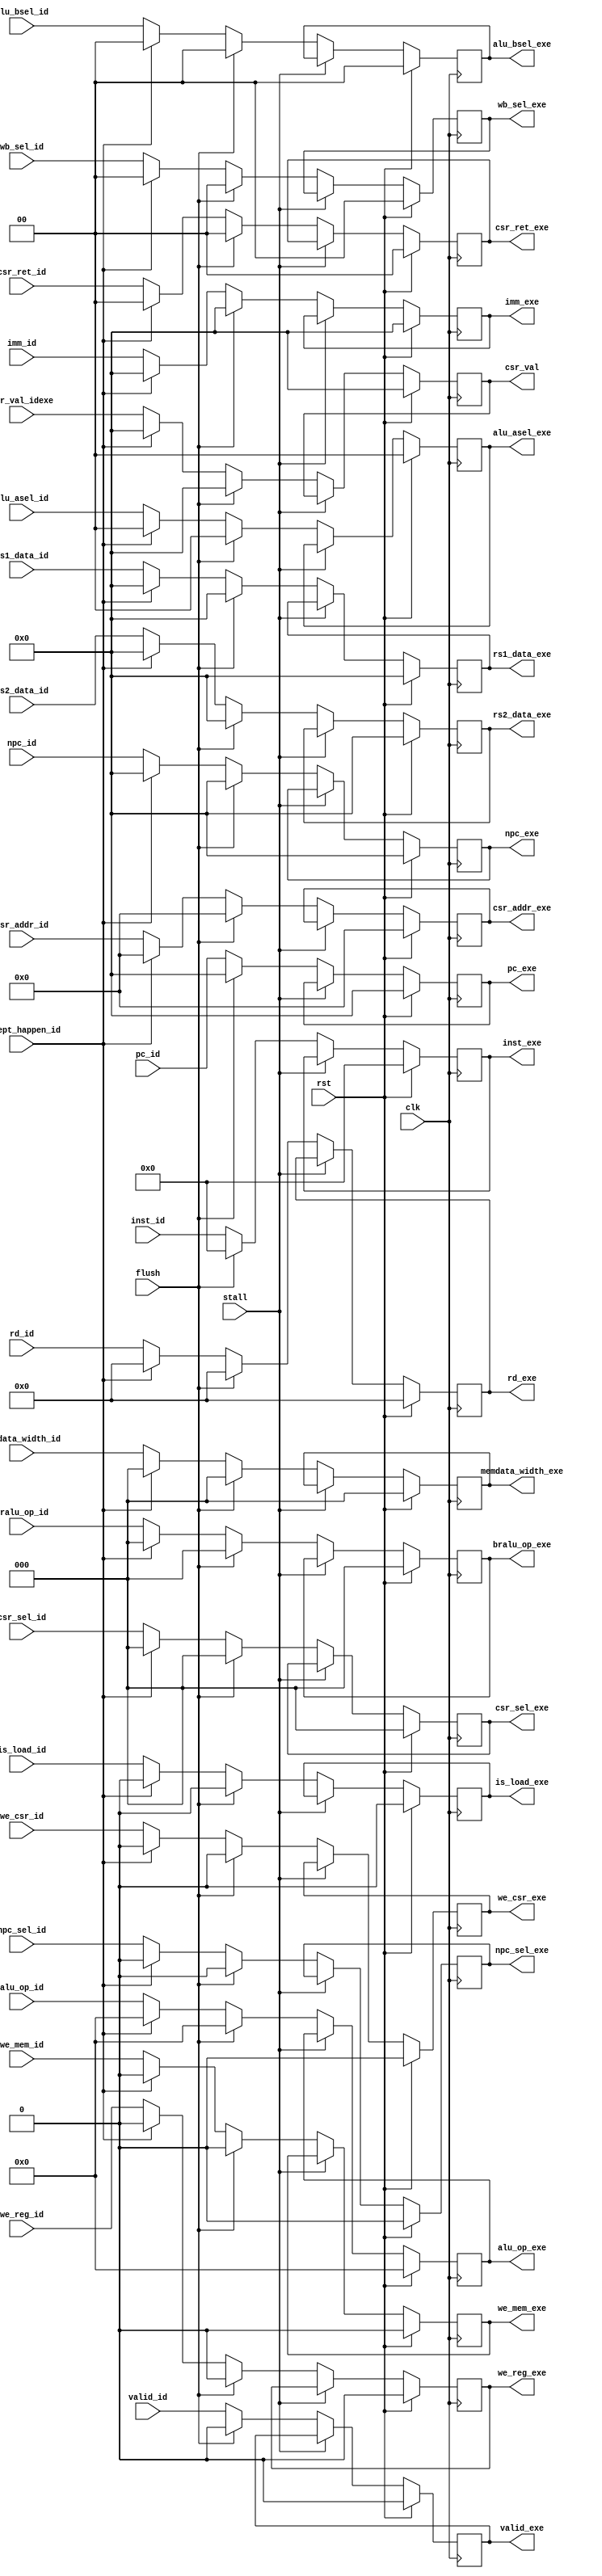
`timescale 1ns/1ps

module ID_EXE_Reg(
    input clk,
    input flush,
    input stall,
    input rst,
    input valid_id,
    input except_happen_id,
    output reg valid_exe,
//
    input [63:0]pc_id,
    input [63:0]npc_id,
    input [31:0]inst_id,
    output reg [63:0]pc_exe,   
    output reg [63:0]npc_exe,
    output reg [31:0]inst_exe,
//
    input is_load_id,
    input we_reg_id,
    input we_mem_id,
    input we_csr_id,
    input npc_sel_id,
    input [1:0]alu_asel_id,
    input [1:0]alu_bsel_id,
    input [1:0]wb_sel_id,
    input [1:0]csr_ret_id,
    input [2:0]bralu_op_id,
    input [2:0]memdata_width_id,
    input [2:0]csr_sel_id,
    input [3:0]alu_op_id,
    output reg is_load_exe,
    output reg we_reg_exe,
    output reg we_mem_exe,
    output reg we_csr_exe,
    output reg npc_sel_exe,
    output reg [1:0]alu_asel_exe,
    output reg [1:0]alu_bsel_exe,
    output reg [1:0]wb_sel_exe,
    output reg [1:0]csr_ret_exe,
    output reg [2:0]bralu_op_exe,
    output reg [2:0]csr_sel_exe,
    output reg [2:0]memdata_width_exe,
    output reg [3:0]alu_op_exe,
//
    input [4:0]rd_id,
    input [63:0]rs1_data_id,
    input [63:0]rs2_data_id,
    input [63:0]imm_id,
    output reg [4:0]rd_exe,
    output reg [63:0]rs1_data_exe,
    output reg [63:0]rs2_data_exe,
    output reg [63:0]imm_exe,

    input [11:0]csr_addr_id,
    input [63:0]csr_val_idexe,
    output reg [11:0]csr_addr_exe,
    output reg [63:0]csr_val
);

    always @(posedge clk) begin
        if (rst) begin  //
            pc_exe <= 0;
            npc_exe <= 0;
            inst_exe <= 0;
            valid_exe <= 0;

            is_load_exe <= 0;
            we_reg_exe <= 0;
            we_mem_exe <= 0;
            we_csr_exe <= 0;
            npc_sel_exe <= 0;
            alu_asel_exe <= 0;
            alu_bsel_exe <= 0;
            wb_sel_exe <= 0;
            csr_sel_exe <= 0;
            csr_ret_exe <= 0;
            bralu_op_exe <= 0;
            memdata_width_exe <= 0;
            alu_op_exe <= 0;

            rd_exe <= 0;
            rs1_data_exe <= 0;
            rs2_data_exe <= 0;
            imm_exe <= 0;
            csr_addr_exe <= 0;
            csr_val <= 0;
        end
        else if(~stall)begin      //
            if(flush)begin
                pc_exe <= 0;
                npc_exe <= 0;
                inst_exe <= 0;
                valid_exe <= 0;

                is_load_exe <= 0;
                we_reg_exe <= 0;
                we_mem_exe <= 0;
                we_csr_exe <= 0;
                npc_sel_exe <= 0;
                alu_asel_exe <= 0;
                alu_bsel_exe <= 0;
                wb_sel_exe <= 0;
                csr_sel_exe <= 0;
                csr_ret_exe <= 0;
                bralu_op_exe <= 0;
                memdata_width_exe <= 0;
                alu_op_exe <= 0;

                rd_exe <= 0;
                rs1_data_exe <= 0;
                rs2_data_exe <= 0;
                imm_exe <= 0;
                csr_addr_exe <= 0;
                csr_val <= 0;
            end
            else if(except_happen_id)begin
                pc_exe <= pc_id;
                npc_exe <= 0;
                inst_exe <= inst_id;
                valid_exe <= valid_id;

                is_load_exe <= 0;
                we_reg_exe <= 0;
                we_mem_exe <= 0;
                we_csr_exe <= 0;
                npc_sel_exe <= 0;
                alu_asel_exe <= 0;
                alu_bsel_exe <= 0;
                wb_sel_exe <= 0;
                csr_sel_exe <= 0;
                csr_ret_exe <= 0;
                bralu_op_exe <= 0;
                memdata_width_exe <= 0;
                alu_op_exe <= 0;

                rd_exe <= 0;
                rs1_data_exe <= 0;
                rs2_data_exe <= 0;
                imm_exe <= 0;
                csr_addr_exe <= 0;
                csr_val <= 0;
            end
            else begin
                pc_exe <= pc_id;
                npc_exe <= npc_id;
                inst_exe <= inst_id;
                valid_exe <= valid_id;

                is_load_exe <= is_load_id;
                we_reg_exe <= we_reg_id;
                we_mem_exe <= we_mem_id;
                we_csr_exe <= we_csr_id;
                npc_sel_exe <= npc_sel_id;
                alu_asel_exe <= alu_asel_id;
                alu_bsel_exe <= alu_bsel_id;
                wb_sel_exe <= wb_sel_id;
                csr_sel_exe <= csr_sel_id;
                csr_ret_exe <= csr_ret_id;
                bralu_op_exe <= bralu_op_id;
                memdata_width_exe <= memdata_width_id;
                alu_op_exe <= alu_op_id;
                
                rd_exe <= rd_id;
                rs1_data_exe <= rs1_data_id;
                rs2_data_exe <= rs2_data_id;
                imm_exe <= imm_id;
                csr_addr_exe <= csr_addr_id;
                csr_val <= csr_val_idexe;
            end
        end
        else begin
            pc_exe <= pc_exe;
            npc_exe <= npc_exe;
            inst_exe <= inst_exe;
            valid_exe <= valid_exe;

            is_load_exe <= is_load_exe;
            we_reg_exe <= we_reg_exe;
            we_mem_exe <= we_mem_exe;
            we_csr_exe <= we_csr_exe;
            npc_sel_exe <= npc_sel_exe;
            alu_asel_exe <= alu_asel_exe;
            alu_bsel_exe <= alu_bsel_exe;
            wb_sel_exe <= wb_sel_exe;
            csr_sel_exe <= csr_sel_exe;
            csr_ret_exe <= csr_ret_exe;
            bralu_op_exe <= bralu_op_exe;
            memdata_width_exe <= memdata_width_exe;
            alu_op_exe <= alu_op_exe;

            rd_exe <= rd_exe;
            rs1_data_exe <= rs1_data_exe;
            rs2_data_exe <= rs2_data_exe;
            imm_exe <= imm_exe;
            csr_addr_exe <= csr_addr_exe;
            csr_val <= csr_val;
        end 
    end
endmodule